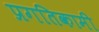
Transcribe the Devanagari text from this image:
प्रगतिकामी